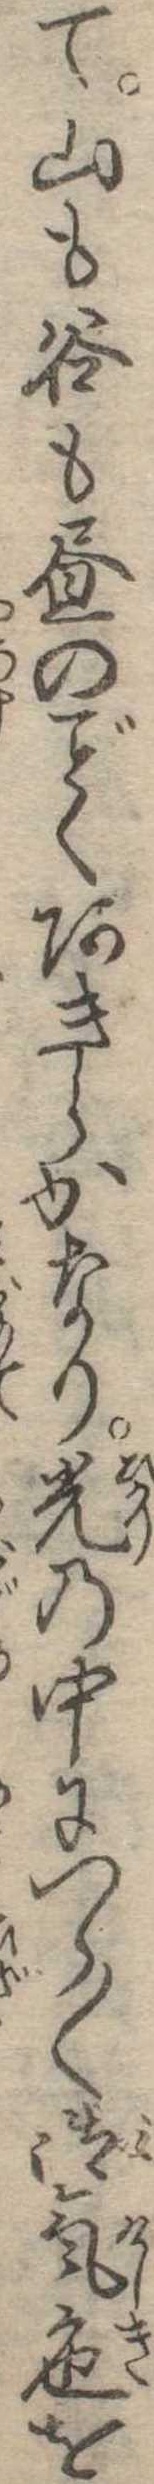
て山も谷も昼のくあきらかなり光の中につら〱御気色を